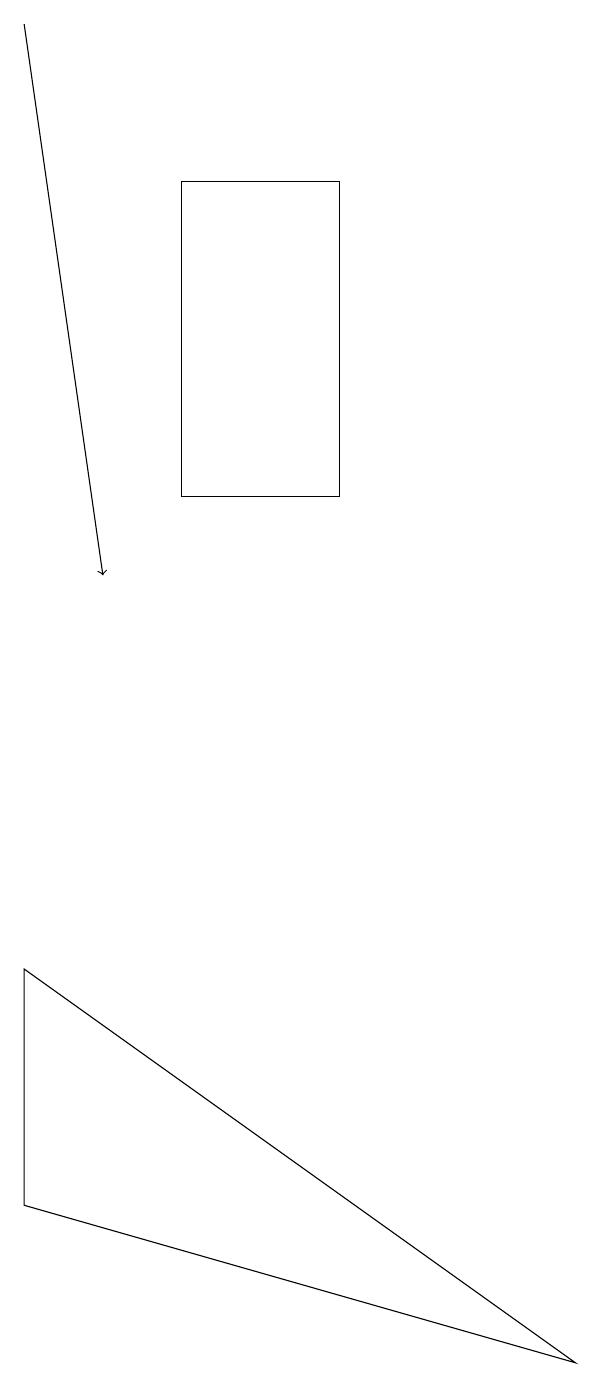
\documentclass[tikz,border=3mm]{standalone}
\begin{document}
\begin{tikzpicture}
\draw (1,7) -- (8,2) -- (1,4) -- cycle;
\draw[->] (1,19) -- (2,12);
\draw (5,17) rectangle (3,13);
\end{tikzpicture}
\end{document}